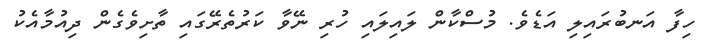
ހިފާ އަނބުރައިލި އަޑެވެ. މުސްކާން ލައިލައި ހުރި ނޭވާ ކަރުތެރޭގައި ތާށިވެގެން ދިއުމާއެކު